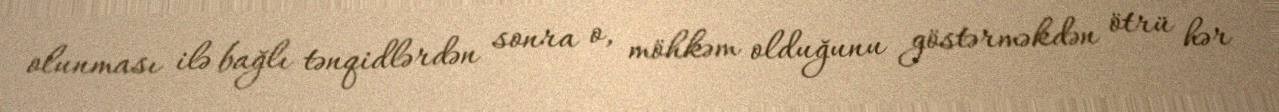
olunması ilə bağlı tənqidlərdən sonra o, möhkəm olduğunu göstərməkdən ötrü hər